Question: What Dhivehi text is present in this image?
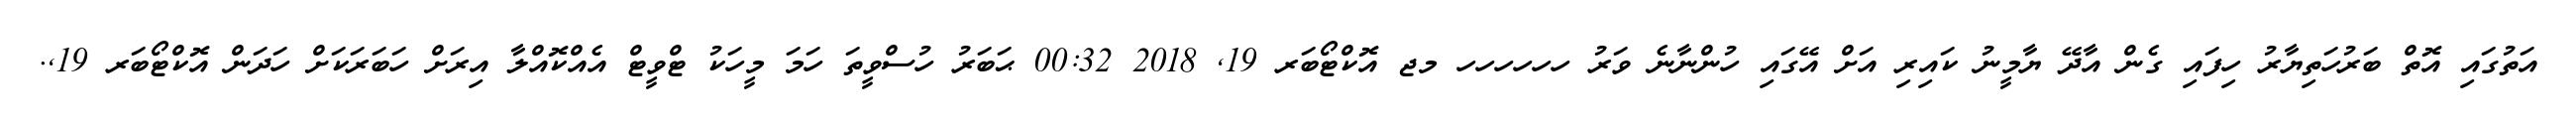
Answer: އަތުގައި އޮތް ބަރުހަތިޔާރު ހިފައި ގެން އާދޭ ޔާމީނު ކައިރި އަށް އޭގައި ހުންނާނެ ވަރު ހހހހހހ މޖ އޮކްޓޯބަރ 19, 2018 00:32 ޙަބަރު ހުސްވީތަ ހަމަ މީހަކު ޓްވީޓް އެއްކޮއްލާ އިރަށް ހަބަރަކަށް ހަދަން އޮކްޓޯބަރ 19,.